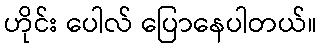
ဟိုင်း ပေါလ် ပြောနေပါတယ်။